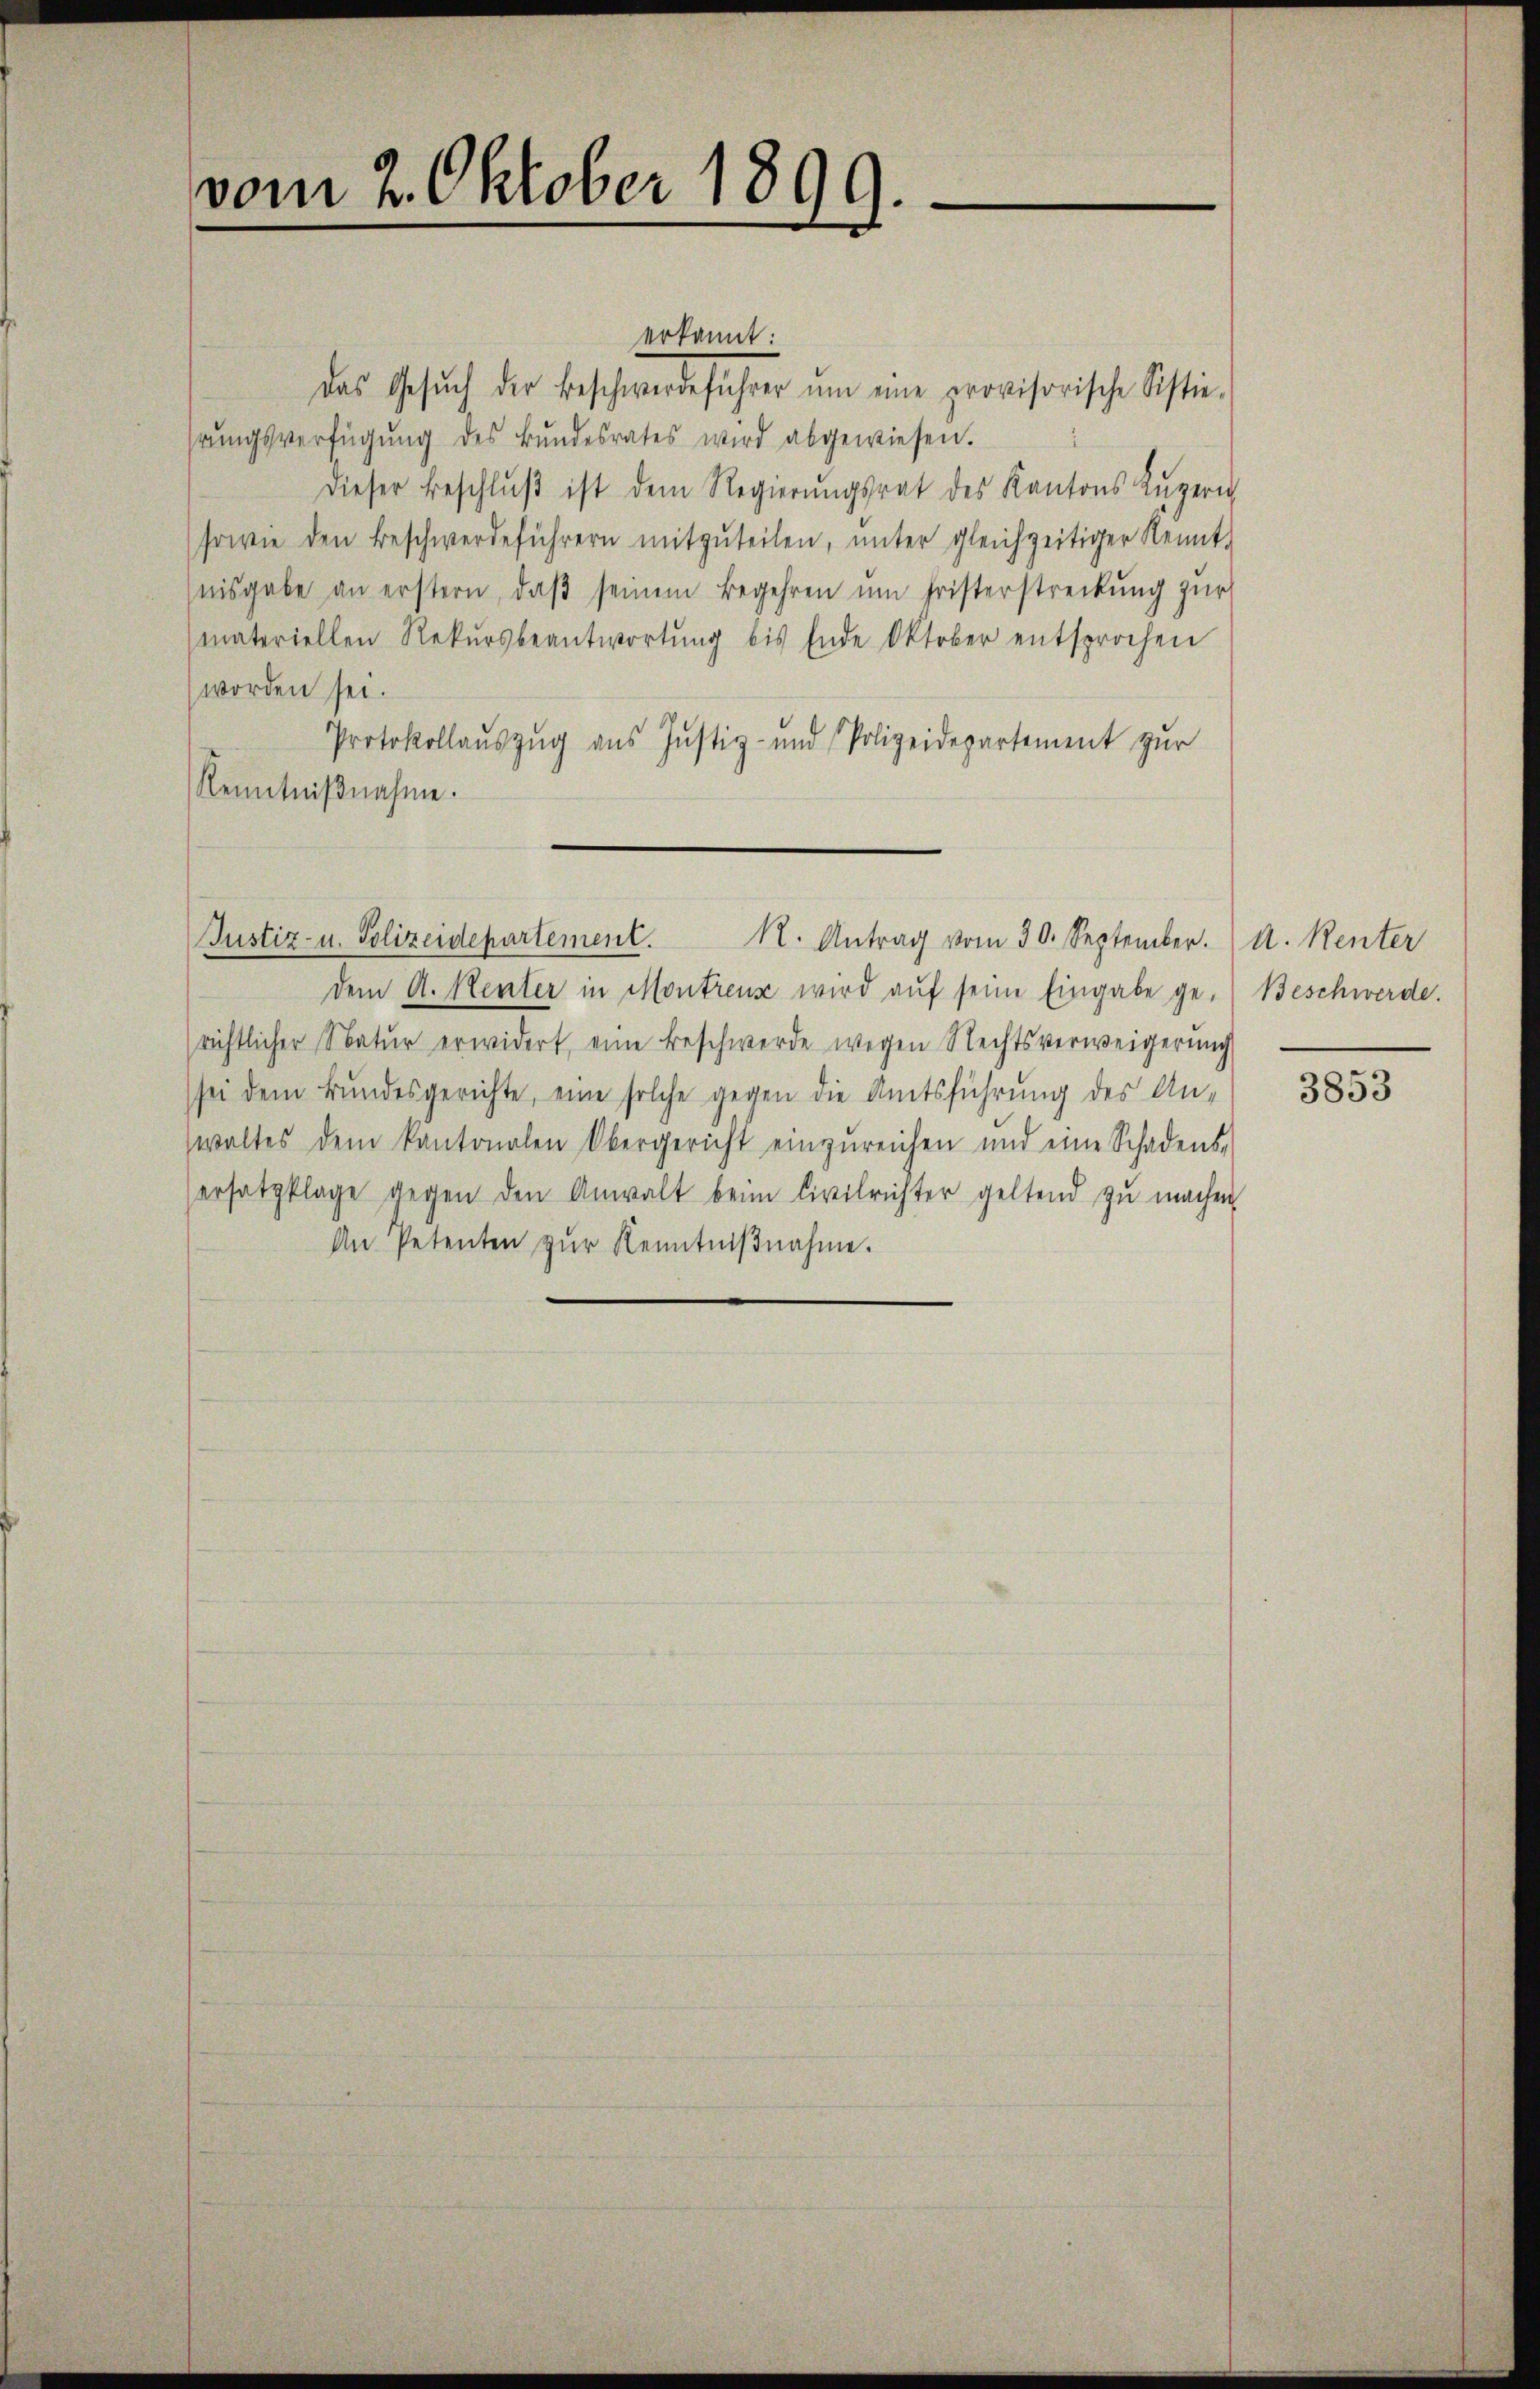
vom 2. Oktober 1899.

erkannt:
Das Gesŭch der Beschwerdeführer ŭm eine provisorische Sistie-
rŭngsverfügŭng des Bŭndesrates wird abgewiesen.
Dieser Beschlŭβ ist dem Regierŭngsrat des Kantons Zŭgeri
sowie den Beschwerdeführern mitzŭteilen, ŭnter gleichzeitiger Kennt-
nisgabe an erstern, daß seinem Begehren um Fristerstreckung zur
materiellen Rekursbeantwortŭng bis Ende Oktober entsprochen
worden sei.
Protokollauszug aus Justiz- und Polizeidepartement zur
Kenntniβnahme.

dem A. Heuter in Montreuse wird auf seine Eingabe ge-
richtlicher Natur erwidert, eine Beschwerde wegen Rechtsverweigerŭng
sei dem Bundesgerichte, eine solche gegen die Amtsführung des An-
waltes dem kantonalen Obergericht einzŭreichen und eine Schadens-
ersatzklage gegen den Anwalt beim Civilrichter geltend zŭ machen,
An Petenten zŭr Kenntniβnahme.

Justiz- u. Polizeidepartement. 1. Antrag vom 30. September. A. Renter

Beschwerde.

3853